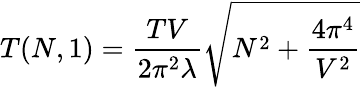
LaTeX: T(N,1)=\frac{TV}{2\pi^{2}\lambda}\sqrt{N^{2}+\frac{4\pi^{4}}{V^{2}}}